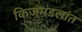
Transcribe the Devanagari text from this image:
किजमंडलांत